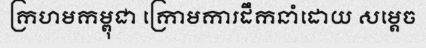
ក្រហមកម្ពុជា ក្រោមការដឹកនាំដោយ សម្តេច